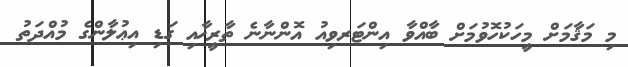
މި މަޤާމަށް މީހަކުހޮވުމަށް ބާއްވާ އިންޓަރވިއު އޮންނާނެ ތާރީޚާއި ގަޑި އިޢުލާންގެ މުއްދަތު